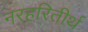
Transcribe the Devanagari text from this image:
नरहरितीर्थ